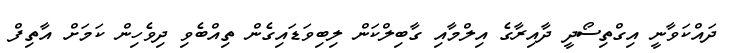
ދައްކަވާނީ އިގްތިސޯދީ ދާއިރާގެ އިލްމާއި ގާބިލްކަން ލިބިވަޑައިގެން ތިއްބެވި ދިވެހިން ކަމަށް އާތިފް